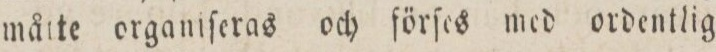
måtte organiſeras och förſes med ordentlig